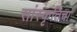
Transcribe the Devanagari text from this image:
सांस्कृतिचा